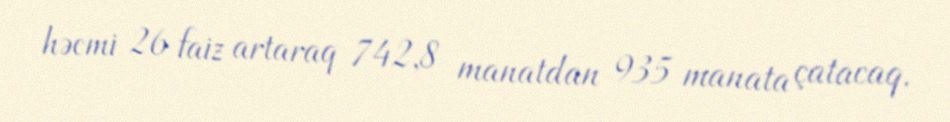
həcmi 26 faiz artaraq 742,8 manatdan 935 manata çatacaq.